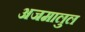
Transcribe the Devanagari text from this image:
अजमालुल